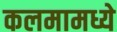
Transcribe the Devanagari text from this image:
कलमामध्ये